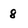
Character: 8